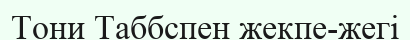
Тони Таббспен жекпе-жегі